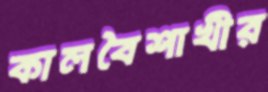
কালবৈশাখীর